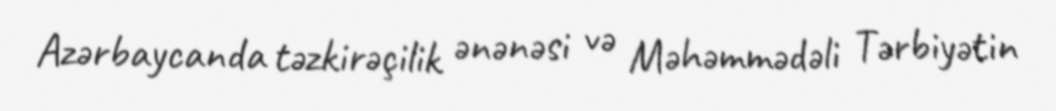
Azərbaycanda təzkirəçilik ənənəsi və Məhəmmədəli Tərbiyətin